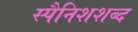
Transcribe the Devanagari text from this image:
स्पैनिशशब्द